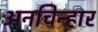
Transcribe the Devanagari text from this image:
अनचिन्हार